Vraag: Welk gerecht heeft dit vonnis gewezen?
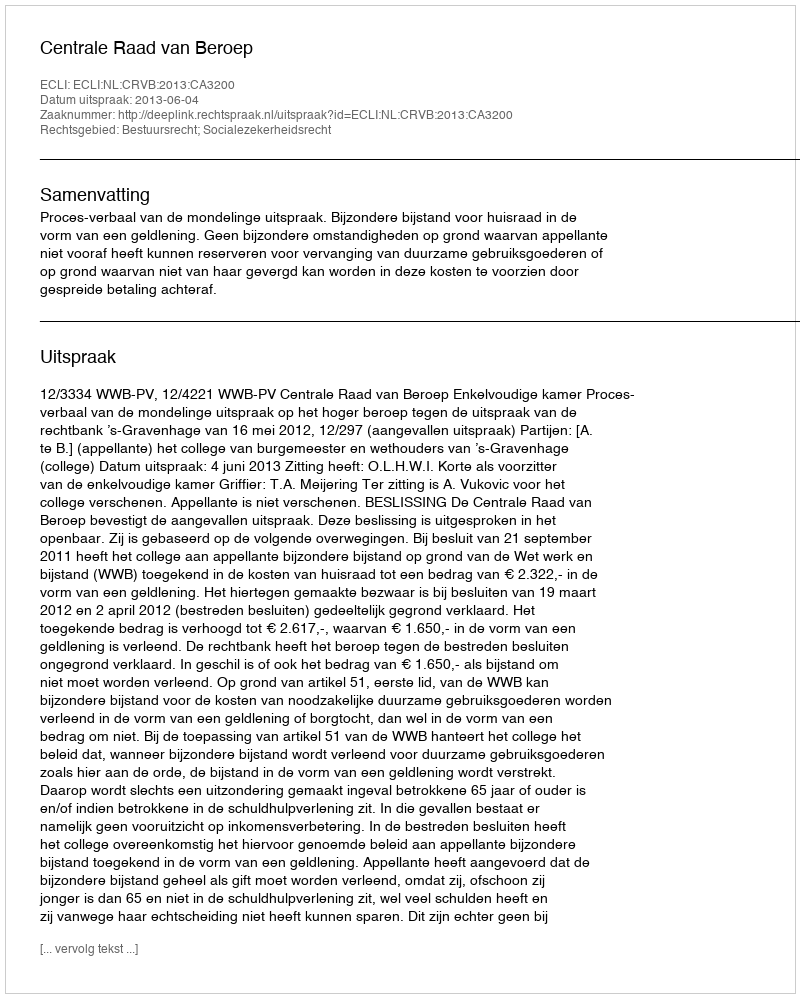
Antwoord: Centrale Raad van Beroep